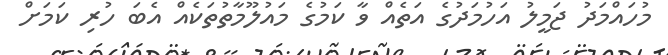
މުހައްމަދު ޖަމީލު އަހުމަދުގެ އަތެއް ވާ ކަމުގެ މައުލޫމާތުތަކެއް އެބަ ހުރި ކަމަށް